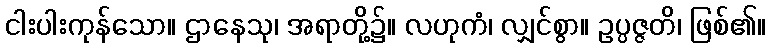
ငါးပါးကုန်သော။ ဌာနေသု၊ အရာတို့၌။ လဟုကံ၊ လျှင်စွာ။ ဥပ္ပဇ္ဇတိ၊ ဖြစ်၏။